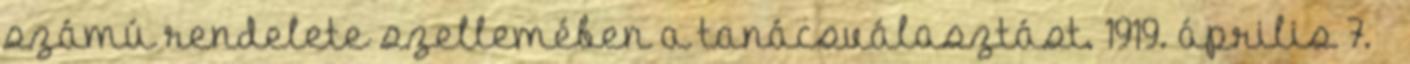
számú rendelete szellemében a tanácsválasztást. 1919. április 7. –